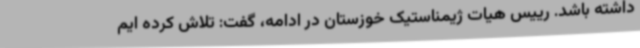
داشته باشد. رییس هیات ژیمناستیک خوزستان در ادامه، گفت: تلاش کرده ایم